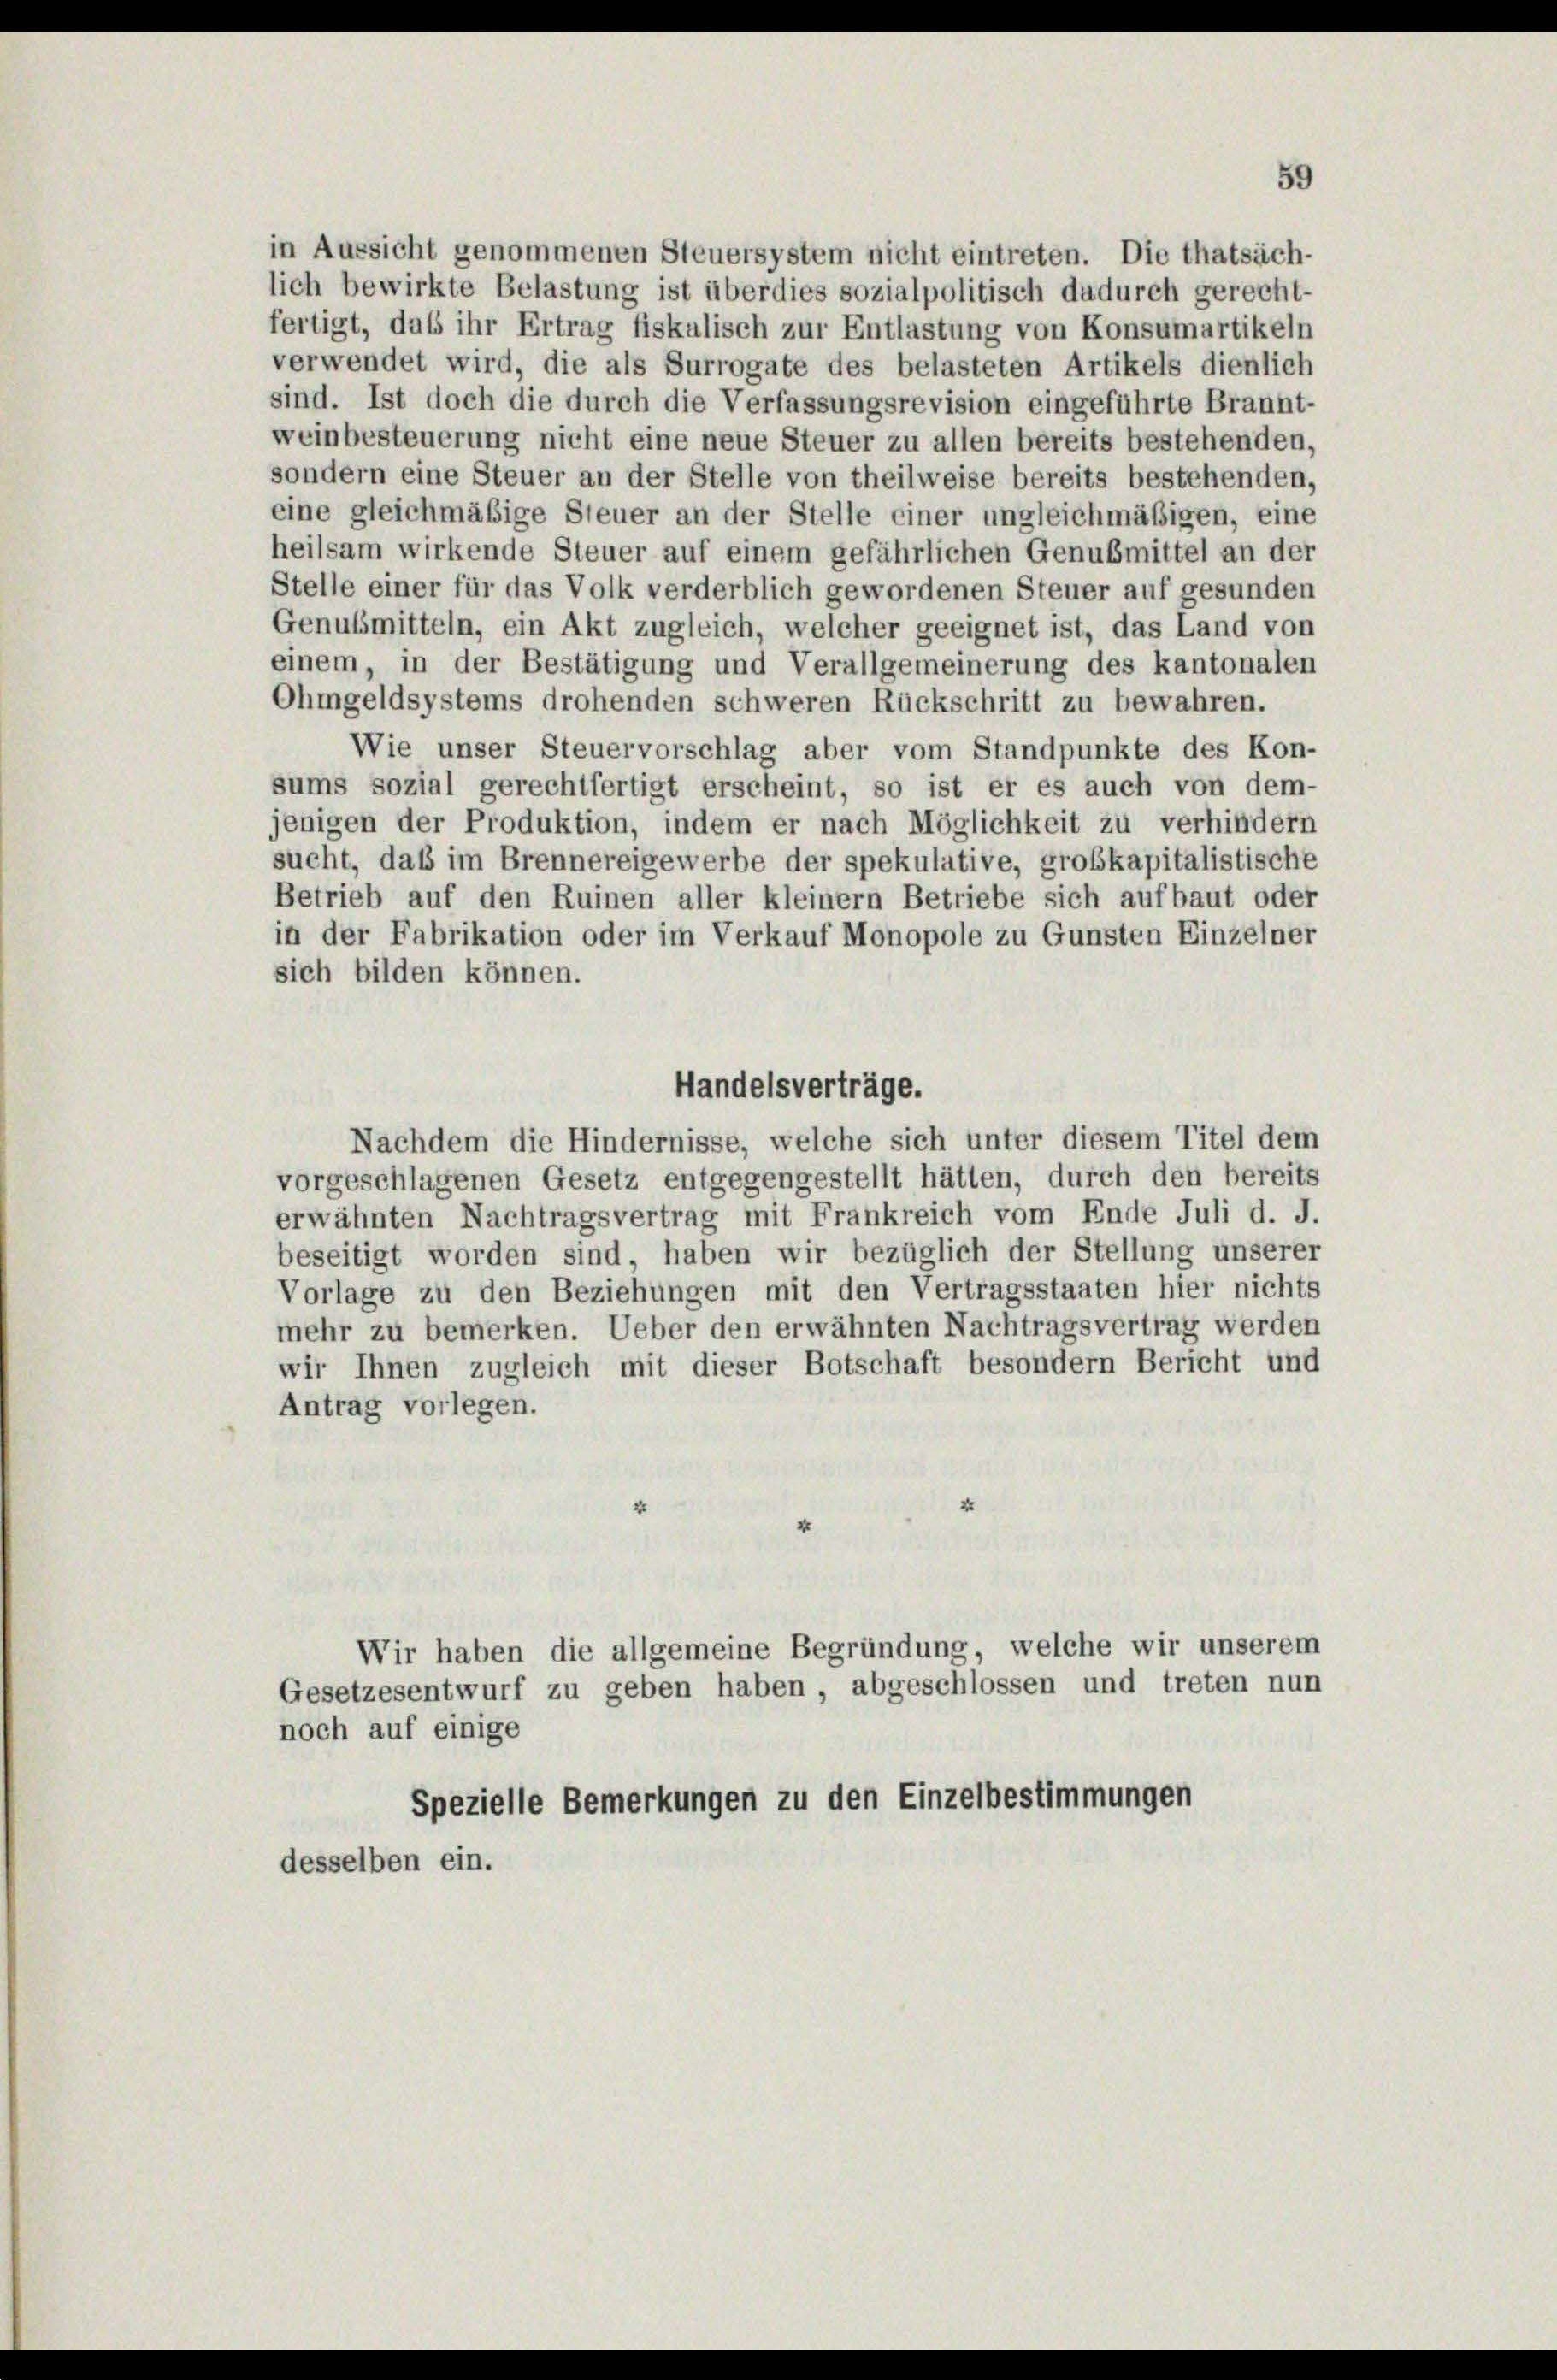
sich bilden können.

in Aussicht genommenen Steuersystem nicht eintreten. Die thatsäch-
lich bewirkte Belastung ist überdies sozialpolitisch dadurch gerecht-
fertigt, daß ihr Ertrag fiskalisch zur Entlastung von Konsumartikeln
verwendet wird, die als Surrogate des belasteten Artikels dienlich
sind. Ist doch die durch die Verfassungsrevision eingeführte Brannt-
weinbesteuerung nicht eine neue Steuer zu allen bereits bestehenden,
sondern eine Steuer an der Stelle von theilweise bereits bestehenden,
eine gleichmäßige Steuer an der Stelle einer ungleichmäßigen, eine
heilsam wirkende Steuer auf einem gefährlichen Genubmittel an der
Stelle einer für das Volk verderblich gewordenen Steuer auf gesunden
Genussmitteln, ein Akt zugleich, welcher geeignet ist, das Land von
einem, in der Bestätigung und Verallgemeinerung des kantonalen
Ohmgeldsystems drohenden schweren Rückschritt zu bewahren.
Wie unser Steuervorschlag aber vom Standpunkte des Kon-
sums sozial gerechtfertigt erscheint, so ist er es auch von dem-
jenigen der Produktion, indem er nach Möglichkeit zu verhindern
sucht, daß im Brennereigewerbe der spekulative, großkapitalistische
Betrieb auf den Ruinen aller kleinem Betriebe sich aufbaut oder
in der Fabrikation oder im Verkauf Monopole zu Gunsten Einzelner
Handelsverträge.
Nachdem die Hindernisse, welche sich unter diesem Titel dem
vorgeschlagenen Gesetz entgegengestellt hätten, durch den bereits
erwähnten Nachtragsvertrag mit Frankreich vom Ende Juli d. J.
beseitigt worden sind, haben wir bezüglich der Stellung unserer
Vorlage zu den Beziehungen mit den Vertragsstaaten hier nichts
mehr zu bemerken. Ueber den erwähnten Nachtragsvertrag werden
wir Ihnen zugleich mit dieser Botschaft besondern Bericht und
Antrag vorlegen.
Wir haben die allgemeine Begründung, welche wir unserem
Gesetzesentwurf zu geben haben, abgeschlossen und treten nun
noch auf einige
Spezielle Bemerkungen zu den Einzelbestimmungen
desselben ein.

59